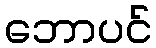
ဘောပင်